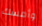
وأمسك